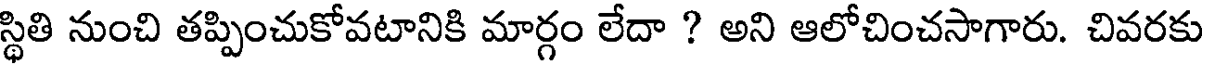
స్థితి నుంచి తప్పించుకోవటానికి మార్గం లేదా ? అని ఆలోచించసాగారు. చివరకు